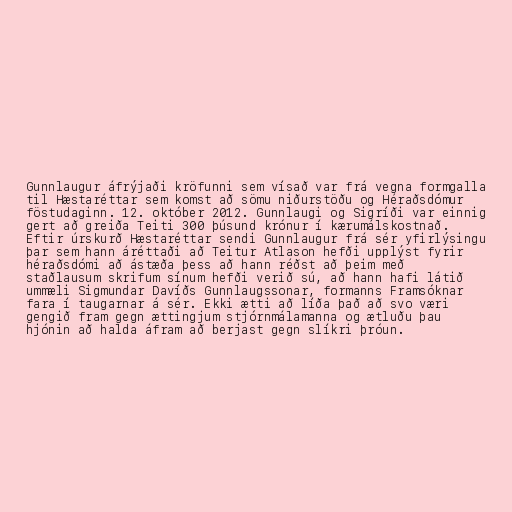
Gunnlaugur áfrýjaði kröfunni sem vísað var frá vegna formgalla
til Hæstaréttar sem komst að sömu niðurstöðu og Héraðsdómur
föstudaginn. 12. október 2012. Gunnlaugi og Sigríði var einnig
gert að greiða Teiti 300 þúsund krónur í kærumálskostnað.
Eftir úrskurð Hæstaréttar sendi Gunnlaugur frá sér yfirlýsingu
þar sem hann áréttaði að Teitur Atlason hefði upplýst fyrir
héraðsdómi að ástæða þess að hann réðst að þeim með
staðlausum skrifum sínum hefði verið sú, að hann hafi látið
ummæli Sigmundar Davíðs Gunnlaugssonar, formanns Framsóknar
fara í taugarnar á sér. Ekki ætti að líða það að svo væri
gengið fram gegn ættingjum stjórnmálamanna og ætluðu þau
hjónin að halda áfram að berjast gegn slíkri þróun.